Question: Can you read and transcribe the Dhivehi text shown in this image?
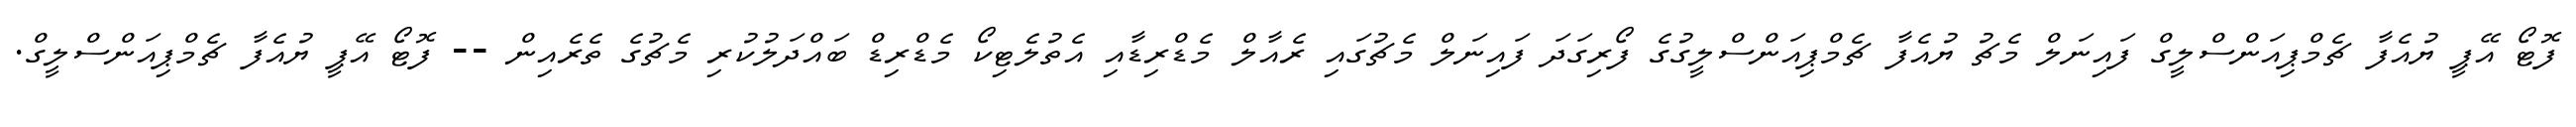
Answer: ފޮޓޯ އޭޕީ ޔުއެފާ ޗެމްޕިއަންސްލީގް ފައިނަލް މެޗު ޔުއެފާ ޗެމްޕިއަންސްލީގުގެ ފޯރިގަދަ ފައިނަލް މެޗުގައި ރެއާލް މެޑްރިޑާއި އެތުލެޓިކޯ މެޑްރިޑް ބައްދަލުކުރި މެޗުގެ ތެރެއިން -- ފޮޓޯ އޭޕީ ޔުއެފާ ޗެމްޕިއަންސްލީގް.